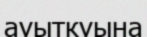
ауыткуына